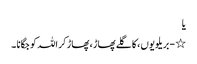
یا
٭ - بریلویوں ، کا گلے پھاڑ ، پھاڑ کر اللہ کو جگانا ۔